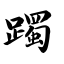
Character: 躅